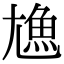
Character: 𩵛